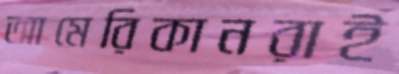
আমেরিকানরাই